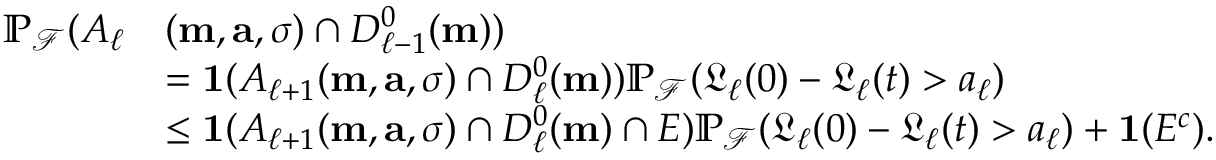
\begin{array} { r l } { \mathbb { P } _ { \mathcal { F } } ( A _ { \ell } } & { ( \mathbf { m } , \mathbf { a } , \sigma ) \cap D _ { \ell - 1 } ^ { 0 } ( \mathbf { m } ) ) } \\ & { = \mathbf { 1 } ( A _ { \ell + 1 } ( \mathbf { m } , \mathbf { a } , \sigma ) \cap D _ { \ell } ^ { 0 } ( \mathbf { m } ) ) \mathbb { P } _ { \mathcal { F } } ( \mathfrak { L } _ { \ell } ( 0 ) - \mathfrak { L } _ { \ell } ( t ) > a _ { \ell } ) } \\ & { \le \mathbf { 1 } ( A _ { \ell + 1 } ( \mathbf { m } , \mathbf { a } , \sigma ) \cap D _ { \ell } ^ { 0 } ( \mathbf { m } ) \cap E ) \mathbb { P } _ { \mathcal { F } } ( \mathfrak { L } _ { \ell } ( 0 ) - \mathfrak { L } _ { \ell } ( t ) > a _ { \ell } ) + \mathbf { 1 } ( E ^ { c } ) . } \end{array}